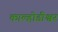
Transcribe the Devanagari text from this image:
काल्होडीश्वर